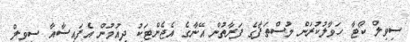
ސިވިލް ކޯޓާ ހަވާލުކުރަން މުސްތަފާގެ ފަރާތުން އޭނާގެ އެޖެންޓަކު ދިއުމުން އެފައިސާއާ ސިވިލް